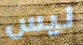
ليس